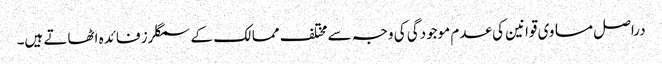
دراصل مساوی قوانین کی عدم موجودگی کی وجہ سے مختلف ممالک کے سمگلرز فائدہ اٹھاتے ہیں۔